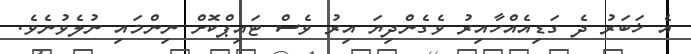
އެ ޚަބަރު ދެ ގަޑިއެއްހާއިރު ވެގެންދިޔަ އިރު ވެސް ޓައިޕްކޮށް ނިންމައި ނުލެވުނެވެ.